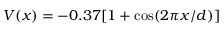
V ( x ) = - 0 . 3 7 [ 1 + \cos ( 2 \pi x / d ) ]